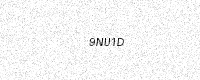
Text: 9NU1D